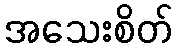
အသေးစိတ်